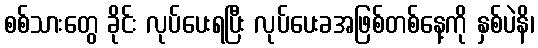
စစ်သားတွေ ခိုင်း လုပ်ပေးရပြီး လုပ်ပေးခအဖြစ်တစ်နေ့ကို နှစ်ပဲနိ၊